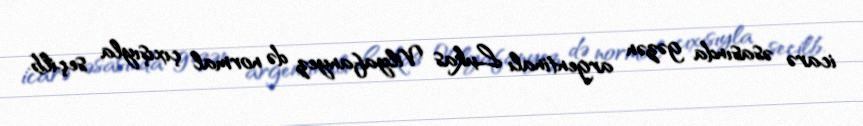
icarə əsasında gəzən argentinalı Lukas Vilyafanyez də normal çıxışıyla seçilb.